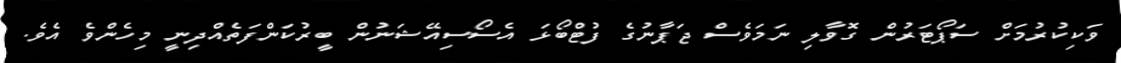
ވަކިކުރުމަށް ސަޕޯޓަރުން ގޮވާލި ނަމަވެސް ޖަޕާނުގެ ފުޓްބޯޅަ އެސޯސިއޭޝަނުން ބީރުކަންފަތެއްދިނީ މިހެންވެ އެވެ.